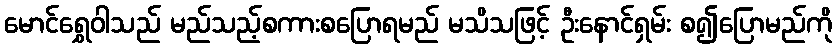
မောင်ရွှေဝါသည် မည်သည့်စကားစပြောရမည် မသိသဖြင့် ဦးနောင်ရှမ်း စ၍ပြောမည်ကို